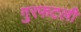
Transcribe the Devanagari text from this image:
गुरफटली